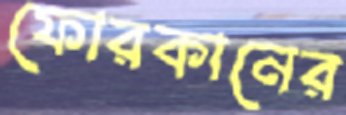
ফোরকানের